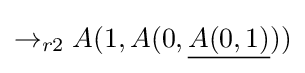
\rightarrow _{r2}A(1,A(0,{\underline {A(0,1)}}))